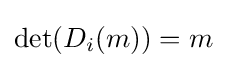
\det(D_{i}(m))=m